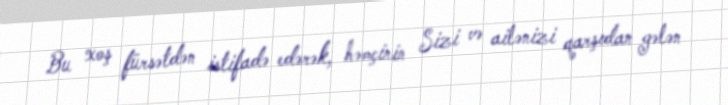
Bu xoş fürsətdən istifadə edərək, həmçinin Sizi və ailənizi qarşıdan gələn